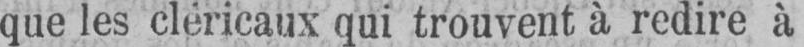
que les cléricaux qui trouvent à redire à